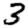
Digit: 3